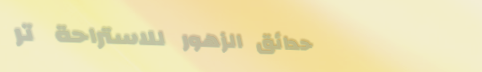
حدائق الزهور للاستراحة تر